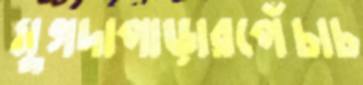
মুগদাপাড়ারপেঁচাচ